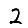
Digit: 2